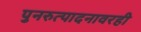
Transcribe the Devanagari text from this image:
पुनरुत्पादनावरही